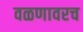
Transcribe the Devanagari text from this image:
वळणावरच